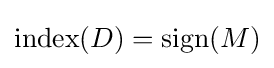
\mathrm {index} (D)=\mathrm {sign} (M)